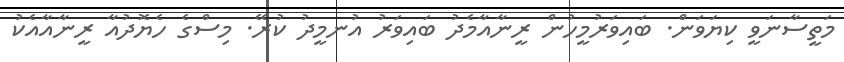
މަތީސާނަވީ ކިޔަވަން. ބައިވަރުމީހުން ރީނާއާމެދު ބައިވަރު އުނމީދު ކުރޭ. މިސްގެ ހެޔޮދުއާ ރީނާއާއެކު